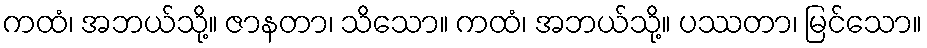
ကထံ၊ အဘယ်သို့။ ဇာနတာ၊ သိသော။ ကထံ၊ အဘယ်သို့။ ပဿတာ၊ မြင်သော။